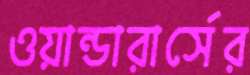
ওয়ান্ডারার্সের